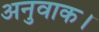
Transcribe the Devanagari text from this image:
अनुवाक।